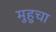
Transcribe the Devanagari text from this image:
मुहुचा